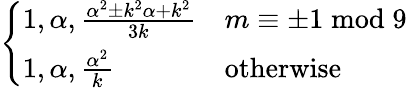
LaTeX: \left\{ \begin{array}{ll}{1,\alpha,{\frac{\alpha^{2}\pm k^{2}\alpha+k^{2}}{3k}}}&{m\equiv\pm 1{\bmod{9}}}\\ {1,\alpha,{\frac{\alpha^{2}}{k}}}&{{\mathrm{otherwise}}}\end{array}\right.